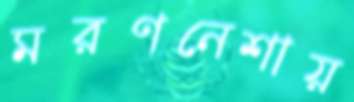
মরণনেশায়